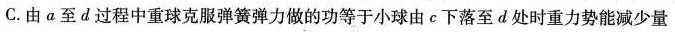
C.由a至d过程中重球克服弹簧弹力做的功等于小球由c下落至d处时重力势能减少量